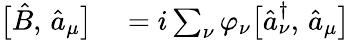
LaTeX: \begin{array}{rl}{\bigl[\hat{B},\, \hat{a}_{\mu}\bigr]}&{{}=i\sum_{\nu}\varphi_{\nu}\bigl[\hat{a}_{\nu}^{\dagger},\, \hat{a}_{\mu}\bigr]}\end{array}